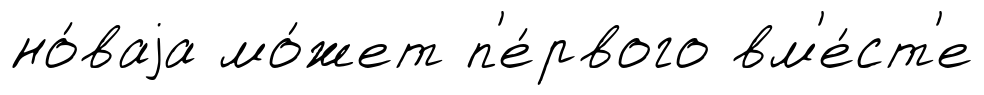
но́ваjа мо́жет п'е́рвого вм'е́ст'е